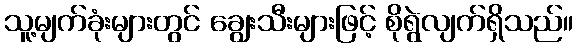
သူ့မျက်ခုံးများတွင် ချွေးသီးများဖြင့် စိုရွဲလျက်ရှိသည်။